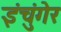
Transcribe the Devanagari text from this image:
इंचुंगेर